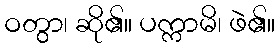
ဝတွာ၊ ဆို၏။ ပက္ကာမိ၊ ဖဲ၏။